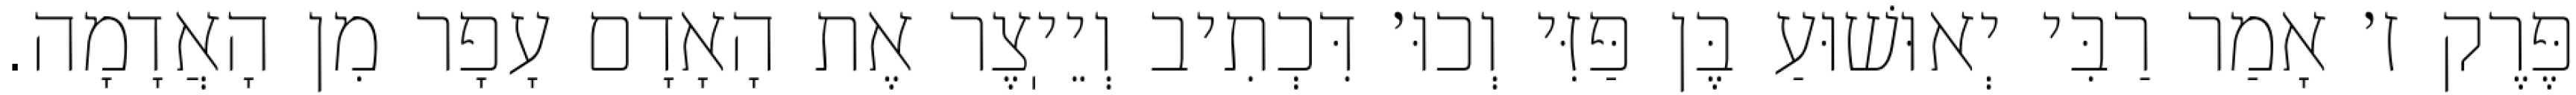
פֶּרֶק ז׳ אָמַר רַבִּי יְאוּשׁוּעַ בֶּן פַּזִּי וְכוּ׳ דִּכְתִיב וְיֵיֽצֶר אֶת הָאָדָם עָפָר מִן הָאֲדָמָה.